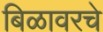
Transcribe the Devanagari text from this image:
बिळावरचे